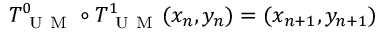
T _ { \mathrm { ~ U ~ M ~ } } ^ { 0 } \circ T _ { \mathrm { ~ U ~ M ~ } } ^ { 1 } ( x _ { n } , y _ { n } ) = ( x _ { n + 1 } , y _ { n + 1 } )